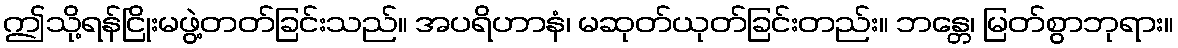
ဤသို့ရန်ငြိုးမဖွဲ့တတ်ခြင်းသည်။ အပရိဟာနံ၊ မဆုတ်ယုတ်ခြင်းတည်း။ ဘန္တေ၊ မြတ်စွာဘုရား။